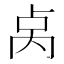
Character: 𫧯